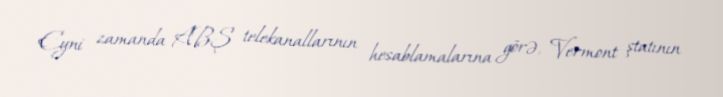
Eyni zamanda ABŞ telekanallarının hesablamalarına görə, Vermont ştatının